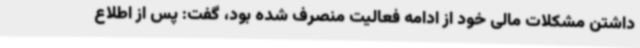
داشتن مشکلات مالی خود از ادامه فعالیت منصرف شده بود، گفت: پس از اطلاع